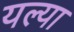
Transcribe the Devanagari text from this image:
यल्या